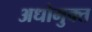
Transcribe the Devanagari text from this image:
अधोमुक्त